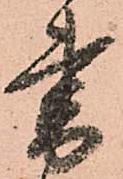
書